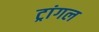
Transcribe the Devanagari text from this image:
ट्रांगल